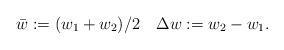
LaTeX: \begin{align*}\bar{w}:=(w_1+w_2)/2\quad\Delta w:=w_2-w_1.\end{align*}